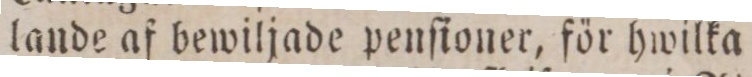
lande af bewiljade penſioner, för hwilka